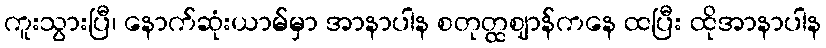
ကူးသွားပြီ၊ နောက်ဆုံးယာမ်မှာ အာနာပါန စတုတ္ထဈာန်ကနေ ထပြီး ထိုအာနာပါန